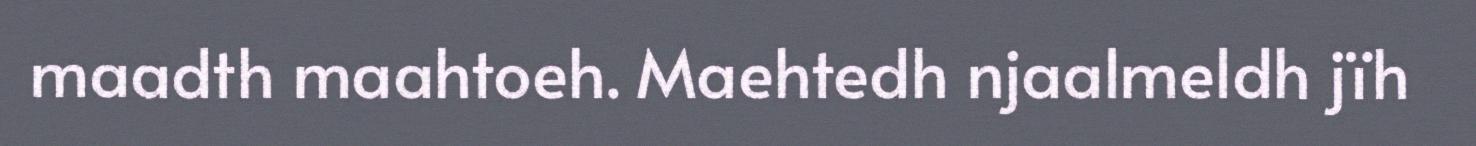
maadth maahtoeh. Maehtedh njaalmeldh jïh